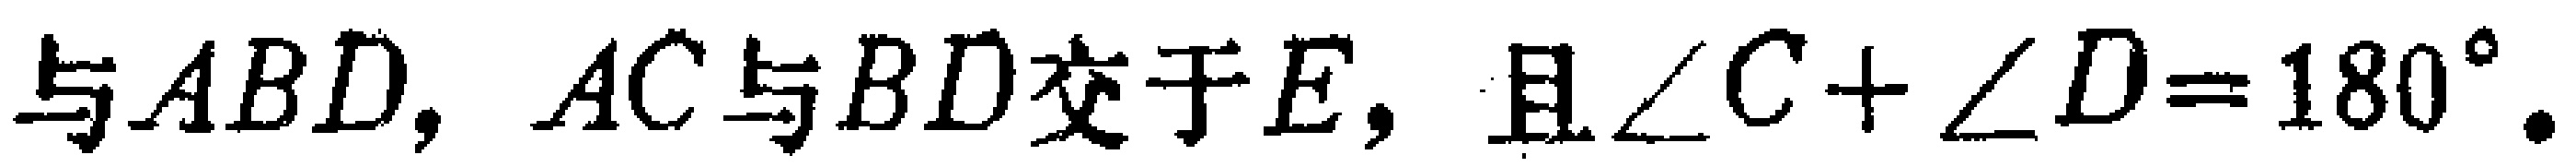
与$ABD$，$AC$与$BD$交于$E$，且$\angle C+\angle D = 180^{\circ}$.